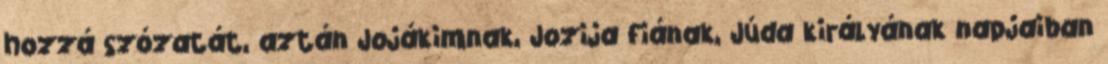
hozzá szózatát, aztán Jojákimnak, Jozija fiának, Júda királyának napjaiban